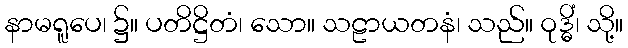
နာမရူပေ၊ ၌။ ပတိဋ္ဌိတံ၊ သော။ သဠာယတနံ၊ သည်။ ဝုဒ္ဓိံ၊ သို့။